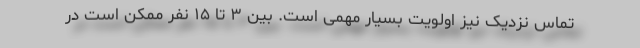
تماس نزدیک نیز اولویت بسیار مهمی است. بین ۳ تا ۱۵ نفر ممکن است در